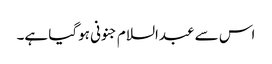
اس سے عبدالسلام جنونی ہوگیا ہے۔